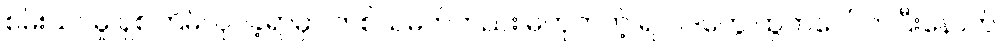
စမ်းသပ်မှု ရှစ်ကြိမ်လုပ်ခဲ့ရာမှာ တစ်သမတ်တည်း မဟုတ်တဲ့ ရလဒ်တွေ ထွက်ပေါ်လာပြီးနောက်